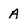
Character: A